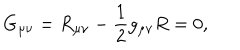
G _ { \mu \nu } = R _ { \mu \nu } - { \frac { 1 } { 2 } } g _ { \mu \nu } R = 0 ,